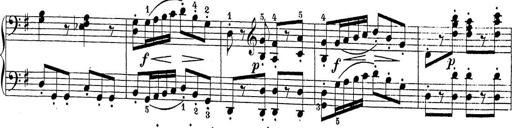
Title: Sonatina Album
Composer: Louis KÃ¶hler